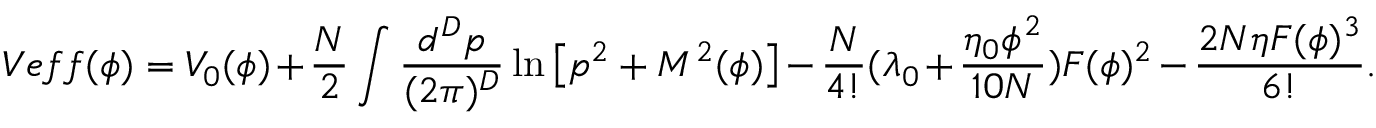
V e f f ( \phi ) = V _ { 0 } ( \phi ) + \frac { N } { 2 } \int \frac { d ^ { D } p } { ( 2 \pi ) ^ { D } } \ln \left[ p ^ { 2 } + M ^ { 2 } ( \phi ) \right] - \frac { N } { 4 ! } ( \lambda _ { 0 } + \frac { \eta _ { 0 } \phi ^ { 2 } } { 1 0 N } ) F ( \phi ) ^ { 2 } - \frac { 2 N \eta F ( \phi ) ^ { 3 } } { 6 ! } .